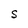
Character: S